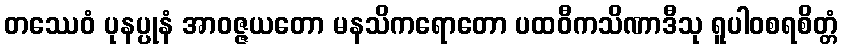
တဿေဝံ ပုနပ္ပုနံ အာဝဇ္ဇယတော မနသိကရောတော ပထဝီကသိဏာဒီသု ရူပါဝစရစိတ္တံ